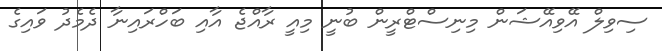
ސިވިލް އޭވިއޭޝަން މިނިސްޓްރީން ބުނީ މިއީ ރާއްޖެ އާއި ބަހްރައިނާ ދެމެދު ވައިގެ